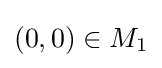
(0,0)\in M_{1}